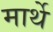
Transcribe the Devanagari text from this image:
मार्थे